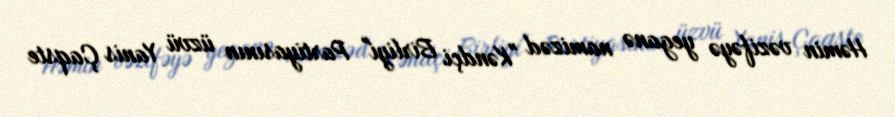
Həmin vəzifəyə yeganə namizəd "Kəndçi Birliyi" Partiyasının üzvü Yanis Çaqste